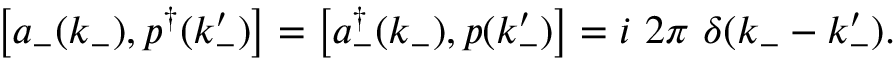
\left[ a _ { - } ( k _ { - } ) , p ^ { \dagger } ( k _ { - } ^ { \prime } ) \right] = \left[ a _ { - } ^ { \dag } ( k _ { - } ) , p ( k _ { - } ^ { \prime } ) \right] = i \ 2 \pi \ \delta ( k _ { - } - k _ { - } ^ { \prime } ) .